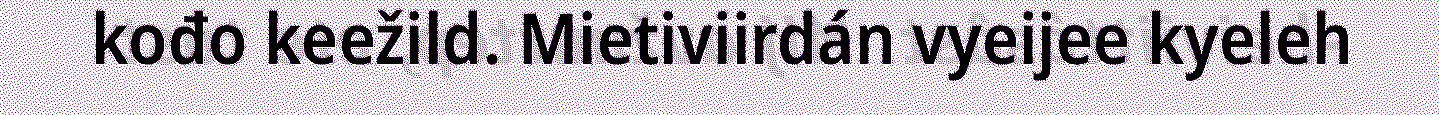
kođo keežild. Mietiviirdán vyeijee kyeleh